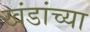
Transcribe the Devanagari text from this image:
खंडांच्‍या